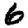
Digit: 6